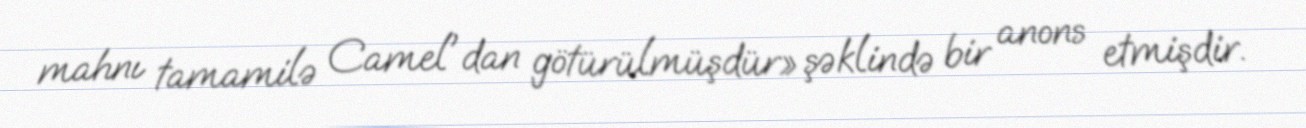
mahnı tamamilə Camel'dan götürülmüşdür» şəklində bir anons etmişdir.